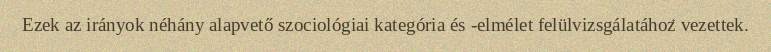
Ezek az irányok néhány alapvető szociológiai kategória és -elmélet felülvizsgálatához vezettek.